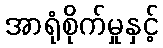
အာရုံစိုက်မှုနှင့်